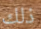
ذلك